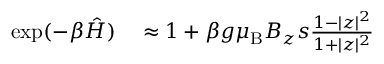
\begin{array} { r l } { \exp ( - \beta \hat { { \cal H } } ) } & { { } \approx 1 + \beta g { \ensuremath { \mu _ { \mathrm { B } } } } B _ { z } s \frac { 1 - | z | ^ { 2 } } { 1 + | z | ^ { 2 } } } \end{array}